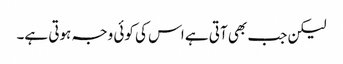
لیکن جب بھی آتی ہے اس کی کوئی وجہ ہوتی ہے۔